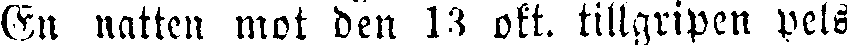
En natten mot den 13 okt. tillgripen pels